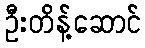
ဦးတိန့်ဆောင်